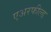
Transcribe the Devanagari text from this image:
एअरफील्ड